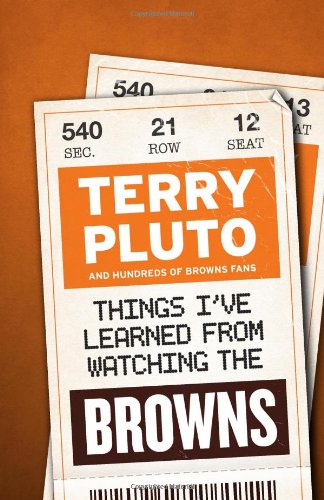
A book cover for Things I've Learned from Watching the Browns; Terry Pluto; Sports & Outdoors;